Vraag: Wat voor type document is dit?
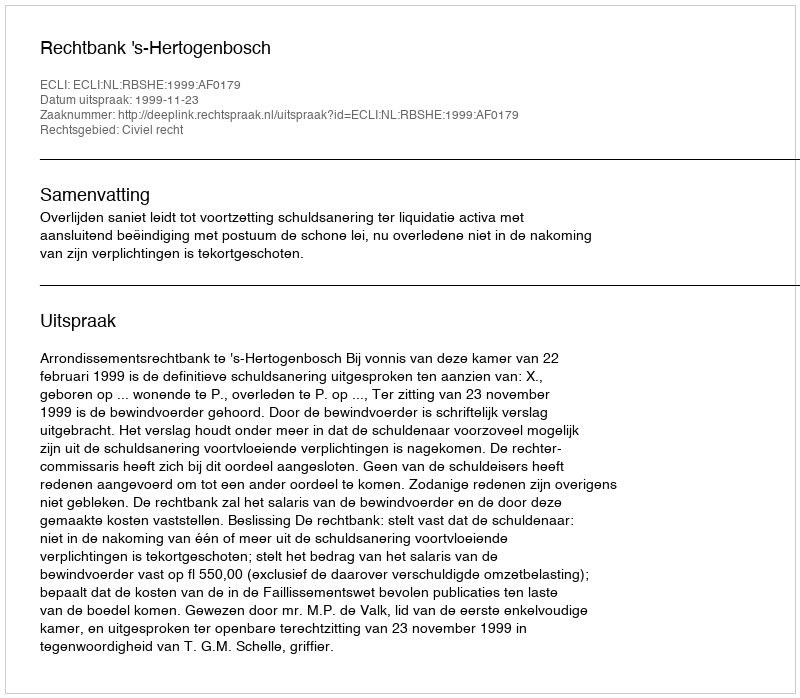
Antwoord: Uitspraak